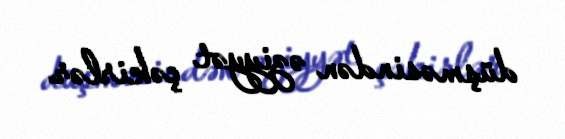
düşməsindən əziyyət çəkirlər.